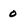
Character: 0